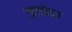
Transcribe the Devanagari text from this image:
कचीदा